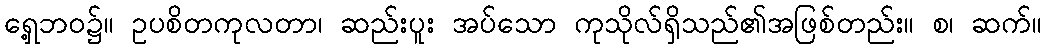
ရှေ့ဘဝ၌။ ဥပစိတကုလတာ၊ ဆည်းပူး အပ်သော ကုသိုလ်ရှိသည်၏အဖြစ်တည်း။ စ၊ ဆက်။